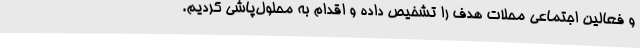
و فعالین اجتماعی محلات هدف را تشخیص داده و اقدام به محلول‌پاشی کردیم.